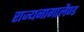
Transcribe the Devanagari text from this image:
राज्यनागालैण्ड